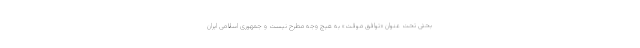
بحثی تحت عنوان «توافق موقت» به هیچ وجه مطرح نیست و جمهوری اسلامی ایران